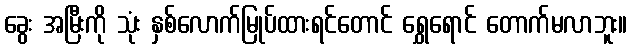
ခွေး အမြီးကို သုံး နှစ်လောက်မြုပ်ထားရင်တောင် ရွှေရောင် တောက်မလာဘူး။